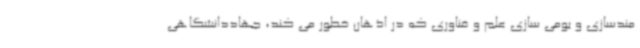
مندسازی و بومی سازی علم و فناوری که در اذهان خطور می کند، جهاددانشگاهی